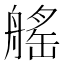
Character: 𦩾